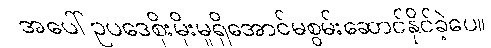
အပေါ်ဥပဒေစိုးမိုးမှုရှိအောင်မစွမ်းဆောင်နိုင်ခဲ့ပေ။